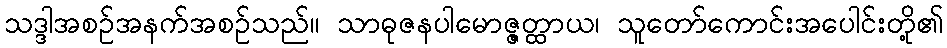
သဒ္ဒါအစဉ်အနက်အစဉ်သည်။ သာဓုဇနပါမောဇ္ဇတ္ထာယ၊ သူတော်ကောင်းအပေါင်းတို့၏